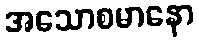
အသောစမာနော